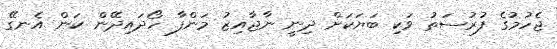
ޖެހުމުގެ ފުރުސަތު ވަކި ބަޔަކަށް ދިނީ ނާޖާއިޒު މަންފާ ހޯދައިދޭން ކަން އެނގޭ